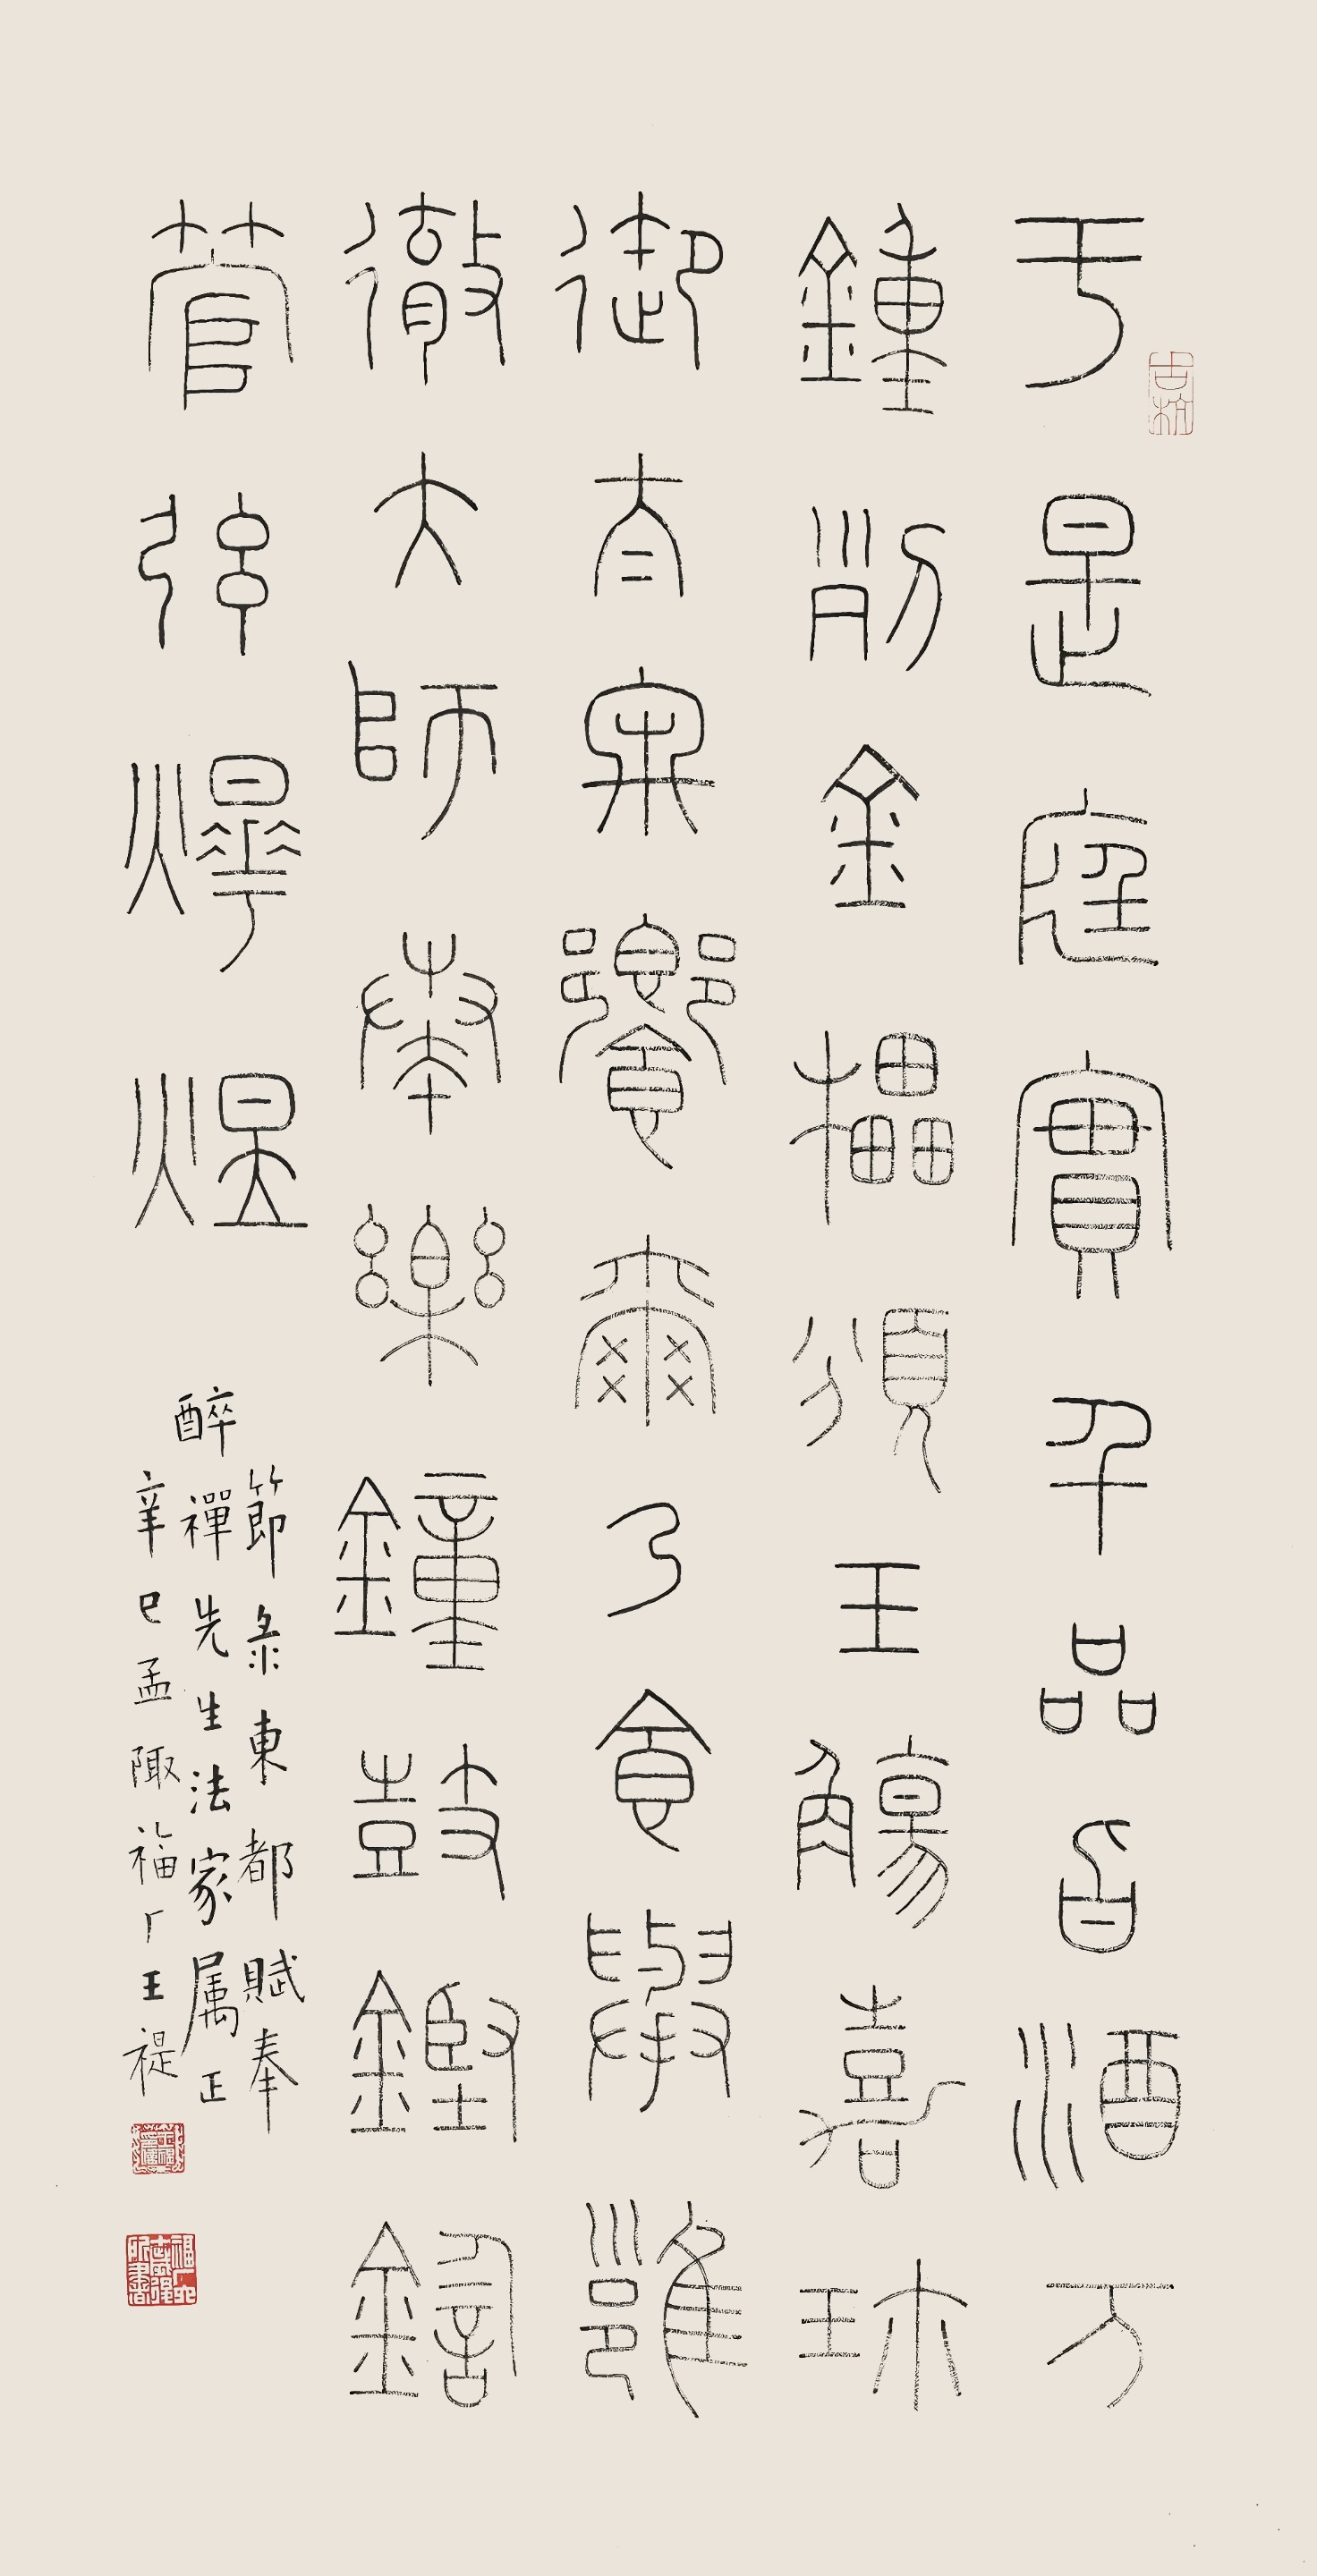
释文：于是庭实千品，旨酒万钟，列金罍，颁玉觞，嘉珍御，太牢飨。尔乃食举《雍》彻，太师奏乐，钟鼓铿鍧，管弦烨煜。节录《东都赋》，奉醉禅先生法家属正。辛巳孟陬，福厂王禔。